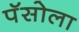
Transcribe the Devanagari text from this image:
पॅसोला